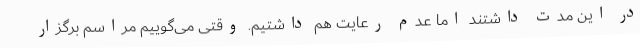
در این مدت داشتند اما عدم رعایت هم داشتیم. وقتی می‌گوییم مراسم برگزار